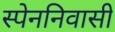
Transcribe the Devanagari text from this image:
स्पेननिवासी